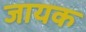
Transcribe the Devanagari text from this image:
जायक